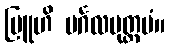
ဗြူဟိ မင်္ဂလမုတ္တမံ။